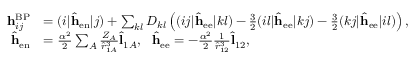
\begin{array} { r l } { \mathbf { h } _ { i j } ^ { \mathrm { B P } } } & { = ( i | \hat { \mathbf { h } } _ { \mathrm { e n } } | j ) + \sum _ { k l } D _ { k l } \left( ( i j | \hat { \mathbf { h } } _ { \mathrm { e e } } | k l ) - \frac { 3 } { 2 } ( i l | \hat { \mathbf { h } } _ { \mathrm { e e } } | k j ) - \frac { 3 } { 2 } ( k j | \hat { \mathbf { h } } _ { \mathrm { e e } } | i l ) \right) , } \\ { \hat { \mathbf { h } } _ { \mathrm { e n } } } & { = \frac { \alpha ^ { 2 } } { 2 } \sum _ { A } \frac { Z _ { A } } { \hat { r } _ { 1 A } ^ { 3 } } \hat { \mathbf { l } } _ { 1 A } , \ \ \hat { \mathbf { h } } _ { \mathrm { e e } } = - \frac { \alpha ^ { 2 } } { 2 } \frac { 1 } { \hat { r } _ { 1 2 } ^ { 3 } } \hat { \mathbf { l } } _ { 1 2 } , } \end{array}